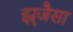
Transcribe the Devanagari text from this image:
झ्र्जैसा